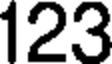
123